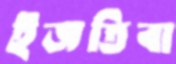
ইজতিবা